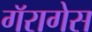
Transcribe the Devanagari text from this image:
गॅरागेस